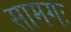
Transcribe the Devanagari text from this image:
सामगः